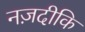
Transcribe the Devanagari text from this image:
नज़दीकि